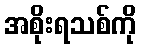
အစိုးရသစ်ကို